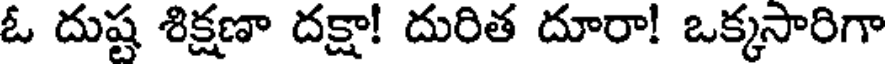
ఓ దుష్ట శిక్షణా దక్షా! దురిత దూరా! ఒక్కసారిగా